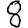
Digit: 8